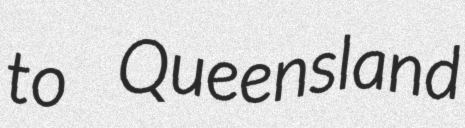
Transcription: to Queensland